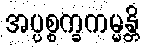
အပ္ပစ္စက္ခကမ္မန္တိ